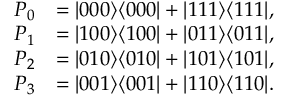
{ \begin{array} { r l } { P _ { 0 } } & { = | 0 0 0 \rangle \langle 0 0 0 | + | 1 1 1 \rangle \langle 1 1 1 | , } \\ { P _ { 1 } } & { = | 1 0 0 \rangle \langle 1 0 0 | + | 0 1 1 \rangle \langle 0 1 1 | , } \\ { P _ { 2 } } & { = | 0 1 0 \rangle \langle 0 1 0 | + | 1 0 1 \rangle \langle 1 0 1 | , } \\ { P _ { 3 } } & { = | 0 0 1 \rangle \langle 0 0 1 | + | 1 1 0 \rangle \langle 1 1 0 | . } \end{array} }